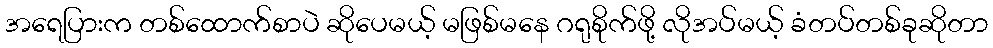
အရေပြားက တစ်ထောက်စာပဲ ဆိုပေမယ့် မဖြစ်မနေ ဂရုစိုက်ဖို့ လိုအပ်မယ့် ခံတပ်တစ်ခုဆိုတာ